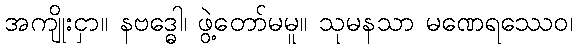
အကျိုးငှာ။ နဗဒ္ဓေါ၊ ဖွဲ့တော်မမူ။ သုမနသာ မဏေရဿေဝ၊